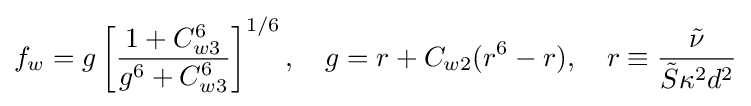
f_{w}=g\left[{\frac {1+C_{w3}^{6}}{g^{6}+C_{w3}^{6}}}\right]^{1/6},\quad g=r+C_{w2}(r^{6}-r),\quad r\equiv {\frac {\tilde {\nu }}{{\tilde {S}}\kappa ^{2}d^{2}}}